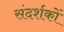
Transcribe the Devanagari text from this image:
संदर्शकों